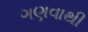
ગણવાથી